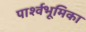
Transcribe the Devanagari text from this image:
पार्श्वभूमिका